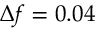
\Delta f = 0 . 0 4